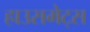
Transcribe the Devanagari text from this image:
हाउसमेट्स